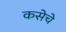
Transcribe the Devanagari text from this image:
कसेचे